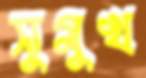
সুমুখ